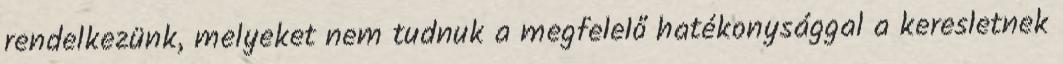
rendelkezünk, melyeket nem tudnuk a megfelelő hatékonysággal a keresletnek